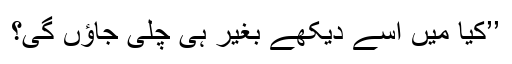
’’کیا میں اسے دیکھے بغیر ہی چلی جاؤں گی؟